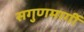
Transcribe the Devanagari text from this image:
सगुणमार्गी